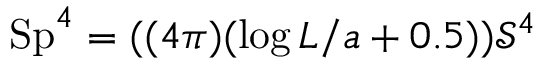
\mathrm { S p } ^ { 4 } = ( ( 4 \pi ) ( \log { L / a } + 0 . 5 ) ) \mathcal { S } ^ { 4 }